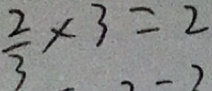
\frac { 2 } { 3 } \times 3 = 2